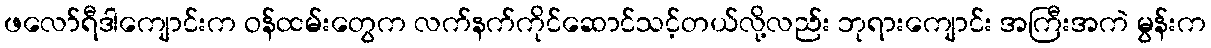
ဖလော်ရီဒါကျောင်းက ဝန်ထမ်းတွေက လက်နက်ကိုင်ဆောင်သင့်တယ်လို့လည်း ဘုရားကျောင်း အကြီးအကဲ မွန်းက